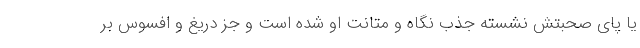
یا پای صحبتش نشسته جذب نگاه و متانت او شده است و جز دریغ و افسوس بر